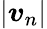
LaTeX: |\boldsymbol v_{n}|